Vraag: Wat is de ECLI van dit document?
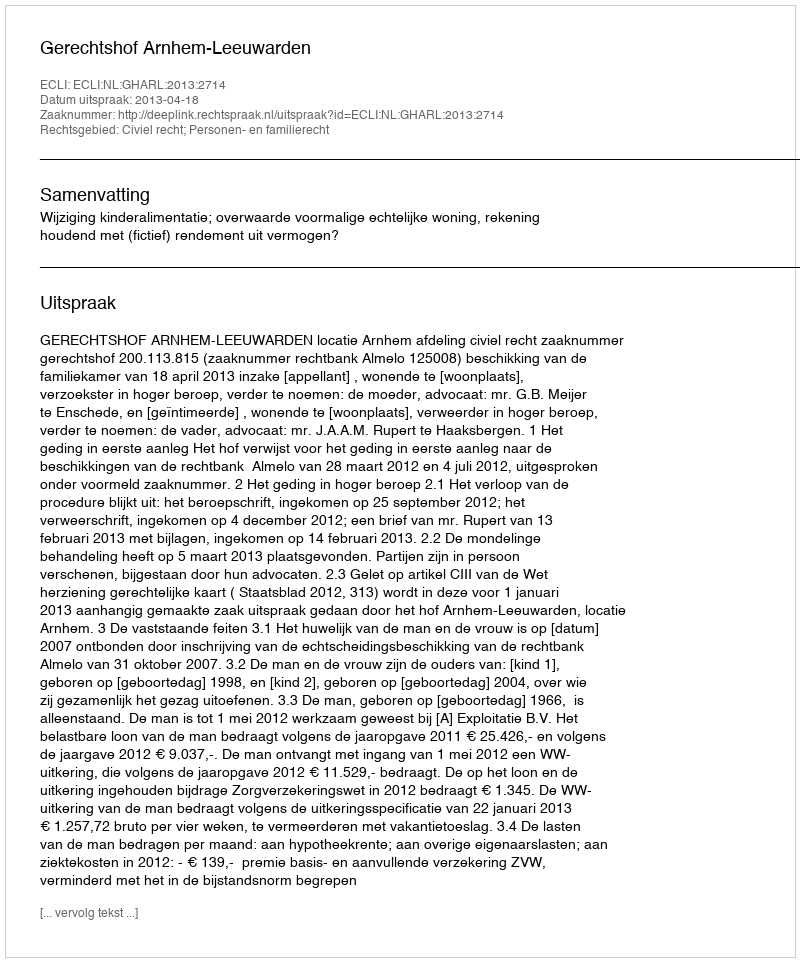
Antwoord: ECLI:NL:GHARL:2013:2714